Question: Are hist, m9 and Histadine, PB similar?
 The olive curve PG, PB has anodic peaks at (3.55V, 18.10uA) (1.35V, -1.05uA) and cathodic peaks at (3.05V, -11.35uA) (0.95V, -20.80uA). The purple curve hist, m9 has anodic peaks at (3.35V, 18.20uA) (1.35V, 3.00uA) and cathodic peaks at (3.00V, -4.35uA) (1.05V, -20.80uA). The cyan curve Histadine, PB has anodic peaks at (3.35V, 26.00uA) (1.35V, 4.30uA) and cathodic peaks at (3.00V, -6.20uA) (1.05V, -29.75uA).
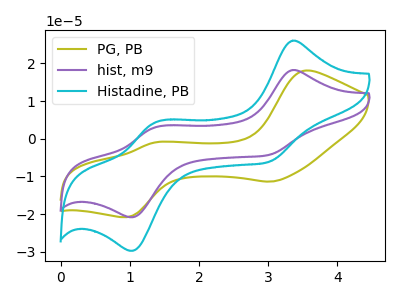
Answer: <think>All the peaks in "hist, m9" have a peak in "Histadine, PB" at the same potential. Every peak in "hist, m9" is lower than every peak in "Histadine, PB".
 </think>
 <answer>"hist, m9" and "Histadine, PB" are similar in shape.</answer>
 <eval>same_shape</eval>